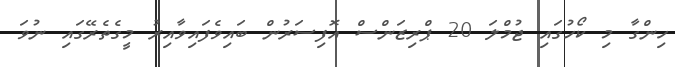
ހިންގާ މި ކޯހުގައި ޖުމްލަ 20 ޕްރިޒަންސް އޮފިސަރުން ބައިވެފައިވާއިރު މީގެތެރޭގައި ނުވަ